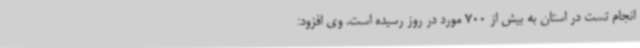
انجام تست در استان به بیش از 700 مورد در روز رسیده است. وی افزود: